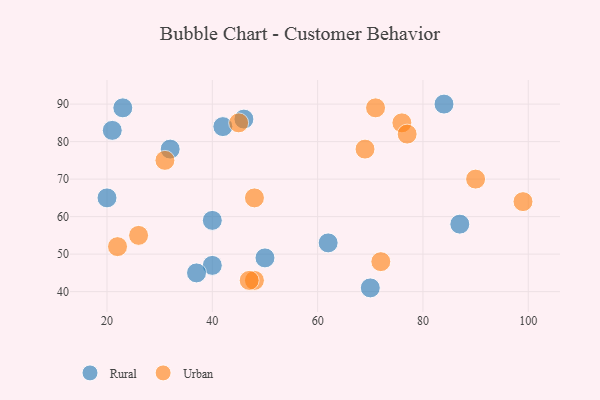
{"axis": {"x": "GDP", "y": "Life Expectancy"}, "legend": ["Rural", "Urban"], "data": [{"x": "84", "y": 90, "type": "Rural"}, {"x": "32", "y": 78, "type": "Rural"}, {"x": "70", "y": 41, "type": "Rural"}, {"x": "50", "y": 49, "type": "Rural"}, {"x": "87", "y": 58, "type": "Rural"}, {"x": "23", "y": 89, "type": "Rural"}, {"x": "40", "y": 59, "type": "Rural"}, {"x": "40", "y": 47, "type": "Rural"}, {"x": "46", "y": 86, "type": "Rural"}, {"x": "62", "y": 53, "type": "Rural"}, {"x": "21", "y": 83, "type": "Rural"}, {"x": "37", "y": 45, "type": "Rural"}, {"x": "20", "y": 65, "type": "Rural"}, {"x": "42", "y": 84, "type": "Rural"}, {"x": "26", "y": 55, "type": "Urban"}, {"x": "69", "y": 78, "type": "Urban"}, {"x": "72", "y": 48, "type": "Urban"}, {"x": "22", "y": 52, "type": "Urban"}, {"x": "48", "y": 43, "type": "Urban"}, {"x": "99", "y": 64, "type": "Urban"}, {"x": "48", "y": 65, "type": "Urban"}, {"x": "71", "y": 89, "type": "Urban"}, {"x": "47", "y": 43, "type": "Urban"}, {"x": "76", "y": 85, "type": "Urban"}, {"x": "31", "y": 75, "type": "Urban"}, {"x": "45", "y": 85, "type": "Urban"}, {"x": "77", "y": 82, "type": "Urban"}, {"x": "90", "y": 70, "type": "Urban"}]}